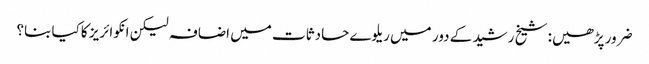
ضرور پڑھیں: شیخ رشید کے دور میں ریلوے حادثات میں اضافہ لیکن انکوائریز کاکیا بنا؟